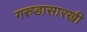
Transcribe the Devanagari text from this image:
गरुडासारखी